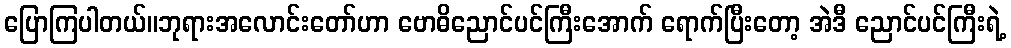
ပြောကြပါတယ်။ဘုရားအလောင်းတော်ဟာ ဗောဓိညောင်ပင်ကြီးအောက် ရောက်ပြီးတော့ အဲဒီ ညောင်ပင်ကြီးရဲ့